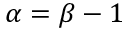
\alpha = \beta - 1